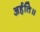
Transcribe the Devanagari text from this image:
अर्हति॥